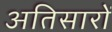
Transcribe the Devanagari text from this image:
अतिसारों